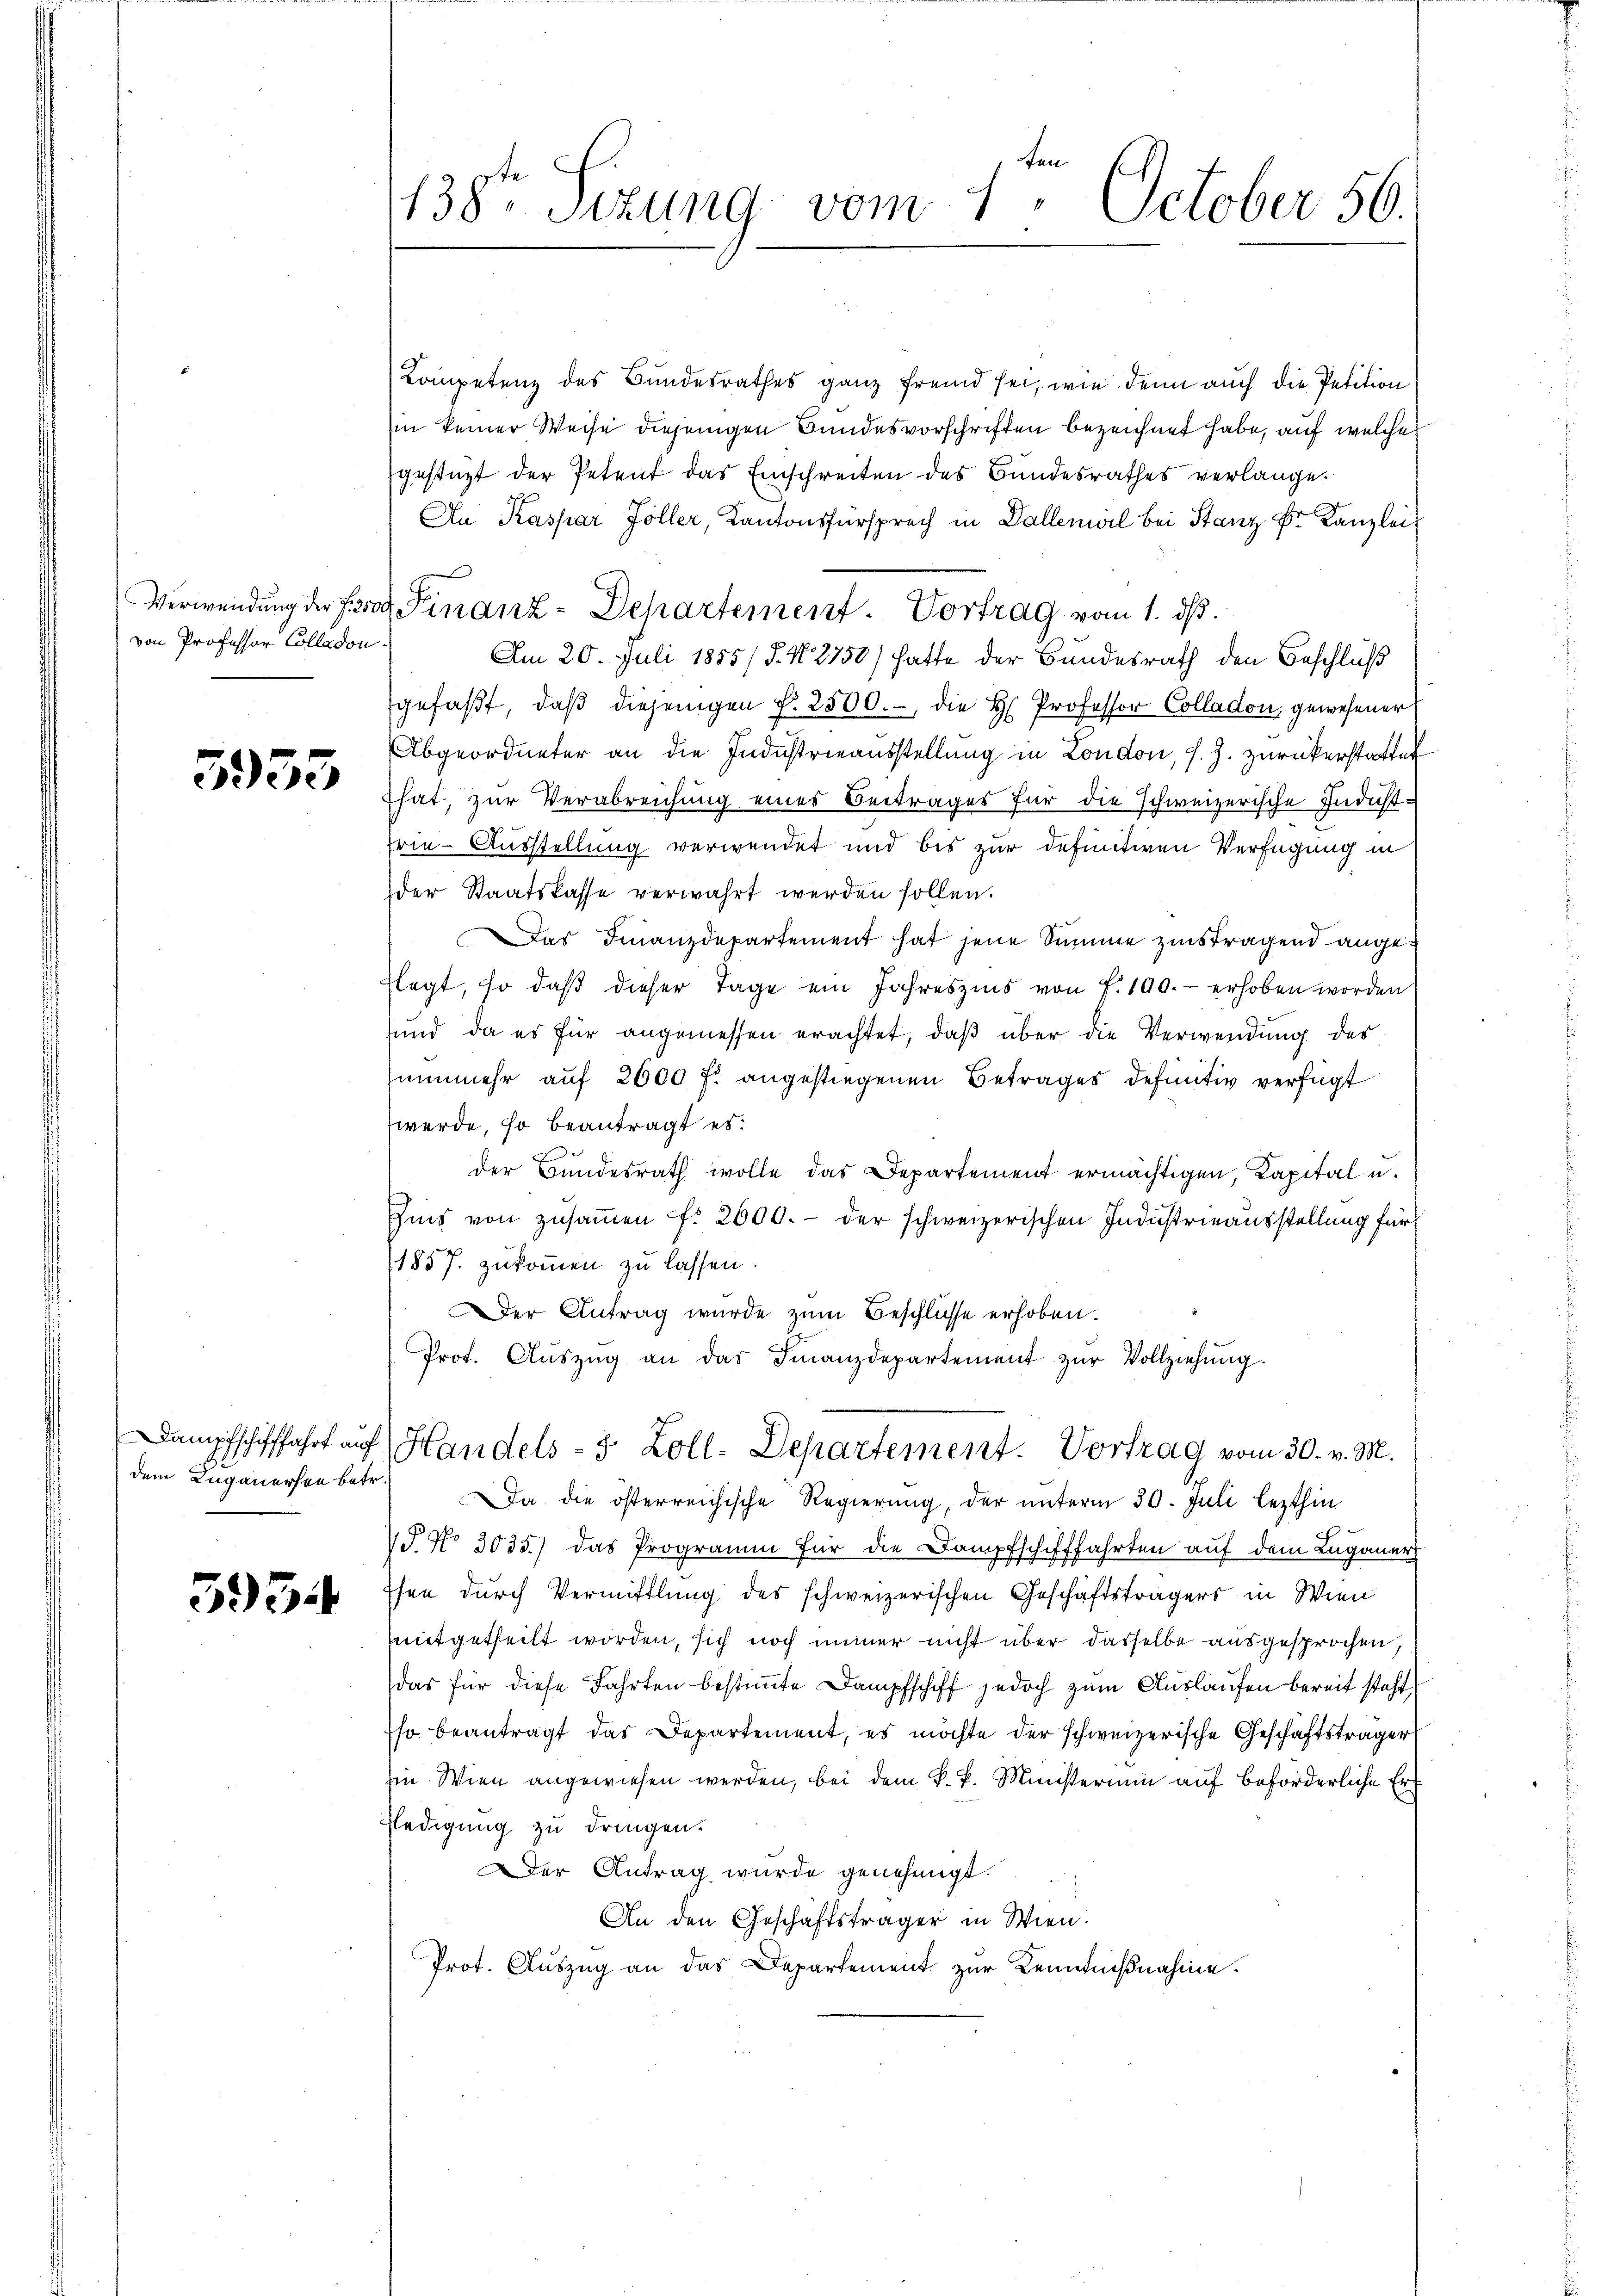
von Professor Colladon

5953

Dampfschifffahrt auf
dem Luganerson betr.

554

te
138. Sitzung vom 1. October 56.

Verwendung der Josef Finanz-Departement. Vortrag vom 1. ds.
Am 20. Juli 1855/ J. N. 2750) hatte der Bundesrath den Beschluß

Kompetenz des Bundesrathes ganz fremd sei, wie denn auch die Petition
in keiner Weise diejenigen Bundesvorschriften bezeichnet habe, auf welche
gestüzt der Petent das Einschreiten des Bundesrathes verlange.
An Kaspar Zöller, Kantonsfürsprach in Dallemal bei Stanz Fr. Kanzlei
gefaßt, daß diejenigen f. 2500.-, die H. Professor Colladon gewesener
Abgeordneter an die Industrieausstellung in London, s. Z. zurückerstattet
hat, zur Verabreichung eines Beitrages für die schweizerische Indichtfrie-Ausstellung verwendet und bis zur definitiven Verfügung in
der Staatskasse verwahrt werden sollen.
Das Finanzdepartement hat jene Summe zinstragend angelegt, so daß dieser Tage ein Jahreszins von f. 190. - erhoben worden
sund, da es für angemessen erachtet, daß über die Verwendung des
nunmehr auf 2600 fl angestiegenen Betrages definitiv verfügt
werde, so beantragt es.
f
der Bundesrath wolle das Departement ermächtigen, Kapital u.
Eis von zŭsaṁen f. 2000.- der schweizerischen Industrieausstellung für
1857 zukommen zu lassen.
Der Antrag wurde zum Beschlüsse erhoben.
Prot. Aŭszŭg an das Finanzdepartement zŭr Vollziehung.
Handels- & Zoll-Departement. Vortrag vom 30. v. M.
Da die österreichische Regierung, der unterm 30. Juli lezthin
/J. No 3035.) das Programm für die Dampfschifffahrten auf dem Luganer
ssen durch Vermittlung des schweizerischen Geschäftsträgers in Wien
mitgetheilt worden, sich noch immer nicht über dasselbe ausgesprochen,
das für diese Fahrten bestimmte Dampfschiff jedoch zum Auslaufen bereit steht,
so beantragt das Departement, es möchte der schweizerische Geschäftsträger
hin Wien angewiesen werden, bei dem k. k. Ministerium auf beförderliche Erledigung zu dringen.
Der Antrag wurde genehmigt.
An den Geschäftsträger in Wien.
Prot. Auszug an das Departement zur Kenntnißnahme.